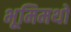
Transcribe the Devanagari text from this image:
भूमिमथो